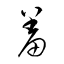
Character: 羞